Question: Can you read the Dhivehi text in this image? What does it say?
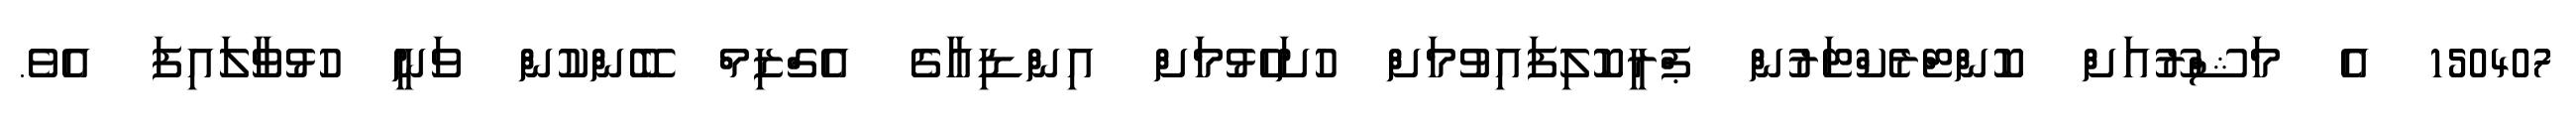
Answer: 150407 އެ މަޝްރޫއަށް ކޮންޓްރެކްޓަރުން ޕްރީކޮލިފައިވުމަށް ހުށަހެޅުމަށް އިންޑިއާގެ އެގްޒިމް ބޭންކުން ވަނީ ހުޅުވާލައިފަ އެވެ.